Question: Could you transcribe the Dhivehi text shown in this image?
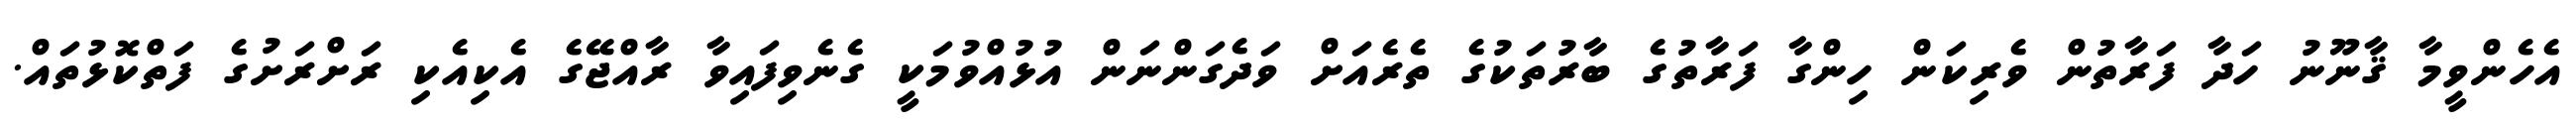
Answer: އެހެންވީމާ ޤާނޫނު ހަދާ ފަރާތުން ވެރިކަން ހިންގާ ފަރާތުގެ ބާރުތަކުގެ ތެރެއަށް ވަދެގަންނަން އުޅުއްވުމަކީ ގެނެވިފައިވާ ރާއްޖޭގެ އެކިއެކި ރަށްރަށުގެ ފަތްކޮޅުތައް.